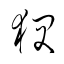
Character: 狽